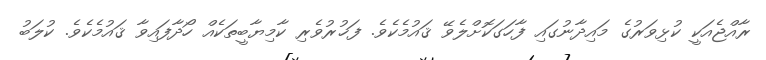
ރާއްޖެއަކީ ކުޅިވަރުގެ މައިދާނުގައި ފާހަގަކޮށްލެވޭ ޤައުމެކެވެ. ފަޚުރުވެރި ކާމިޔާބީތަކެއް ހޯދާފައިވާ ޤައުމެކެވެ. ކުލަބު